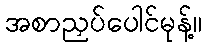
အစာညှပ်ပေါင်မုန့်။